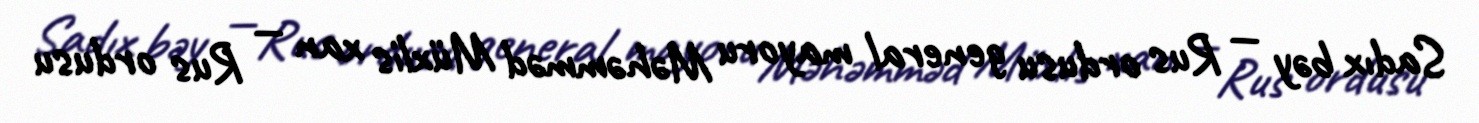
Sadıx bəy — Rus ordusu general mayoru Məhəmməd Müxlis xan — Rus ordusu